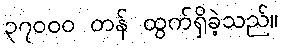
၃၇၀၀၀ တန် ထွက်ရှိခဲ့သည်။